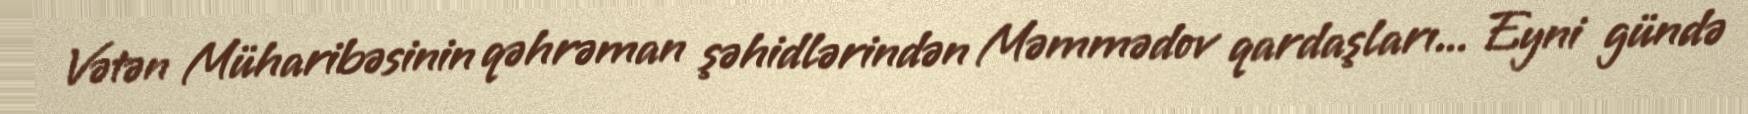
Vətən Müharibəsinin qəhrəman şəhidlərindən Məmmədov qardaşları... Eyni gündə